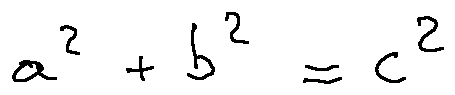
a ^ { 2 } + b ^ { 2 } = c ^ { 2 }